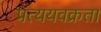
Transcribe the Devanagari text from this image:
प्रत्ययवक्रता